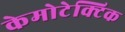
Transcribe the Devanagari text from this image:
केमोटेक्टिक